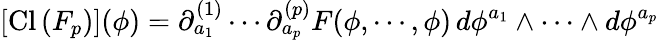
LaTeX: \left[\mathrm{Cl}\left(F_{p}\right)\right](\phi)=\partial_{a_{1}}^{(1)}\cdots\partial_{a_{p}}^{(p)}F(\phi,\cdots,\phi)\, d\phi^{a_{1}}\wedge\cdots\wedge d\phi^{a_{p}}